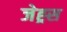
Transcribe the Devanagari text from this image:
जेह्र्स